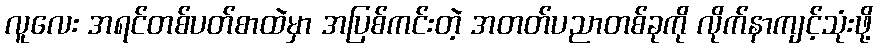
လူလေး အရင်တစ်ပတ်စာထဲမှာ အပြစ်ကင်းတဲ့ အတတ်ပညာတစ်ခုကို လိုက်နာကျင့်သုံးဖို့